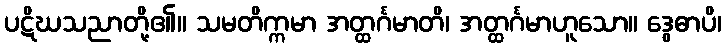
ပဋိဃသညာတို့၏။ သမတိက္ကမာ အတ္ထင်္ဂမာတိ၊ အတ္ထင်္ဂမာဟူသော။ ဒွေဓာပိ၊